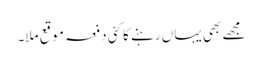
مجھے بھی یہاں رہنے کا کئی دفعہ موقع ملا۔